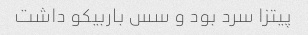
پیتزا سرد بود و سس باربیکو داشت